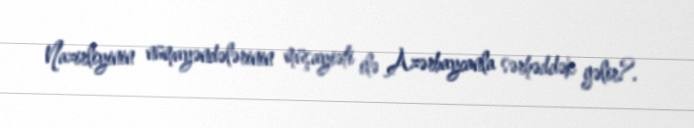
Nazirliyinin nümayəndələrinin müşayiəti ilə Azərbaycanla sərhəddək gəlir?.